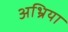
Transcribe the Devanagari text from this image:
अभ्रिया